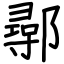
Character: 鄩